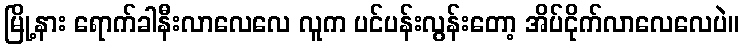
မြို့နား ရောက်ခါနီးလာလေလေ လူက ပင်ပန်းလွန်းတော့ အိပ်ငိုက်လာလေလေပဲ။